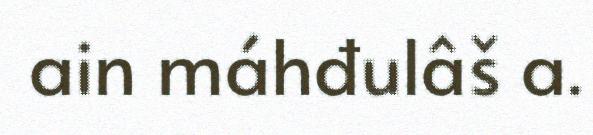
ain máhđulâš a.